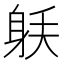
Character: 𰸼